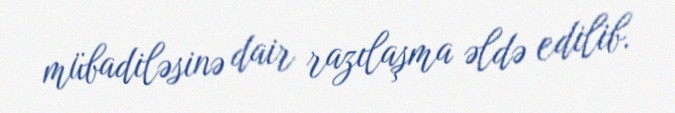
mübadiləsinə dair razılaşma əldə edilib.